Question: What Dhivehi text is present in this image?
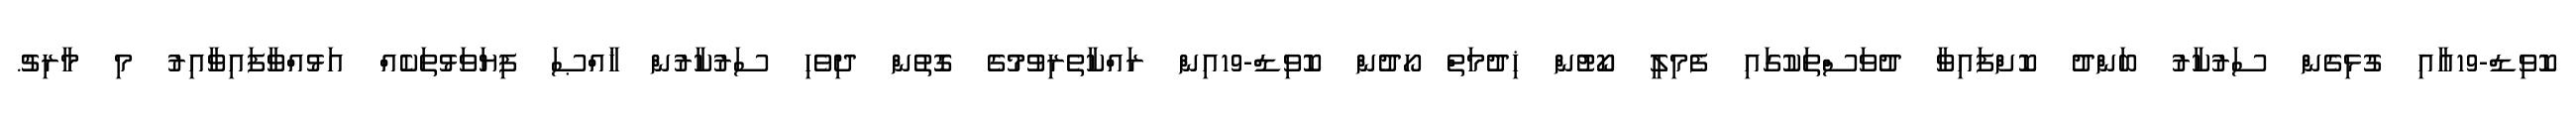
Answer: ކޮވިޑް-19އާއި ގުޅިގެން ސަރުކާރު ބަންދު ކޮށްފައިވާ ދުވަސްތަކުގައި ފެމިލީ ކޯޓުން ޚިދުމަތް ހޯދުން ކޮވިޑް-19އިން ރައްކާތެރިވުމުގެ ގޮތުން ދިވެހި ސަރުކާރުން ޚާއްޞަ ފިޔަވަޅުތަކެއް އަޅުއްވާފައިވާއިރު މި މާރިޗު.